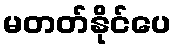
မတတ်နိုင်ပေ